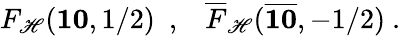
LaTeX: {F}_{\mathscr{H}}({\mathbf{{10}}},1/2)\, \, \, ,\, \, \, \, \, {\overline{{{{F}}}}}_{\mathscr{H}}({\overline{{{{\mathbf{{10}}}}}}},-1/2)\ .